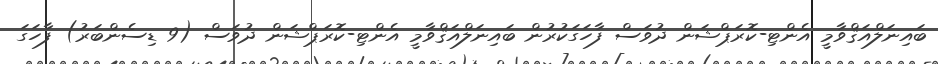
ބައިނަލްއަޤްވާމީ އެންޓި-ކޮރަޕްޝަން ދުވަސް ފާހަގަކުރުން ބައިނަލްއަޤްވާމީ އެންޓި-ކޮރަޕްޝަން ދުވަސް (9 ޑިސެންބަރު) ފާހަގަ